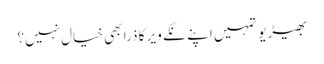
بھیڑیو تمہیں اپنے نکے ویر کا ذرا بھی خیال نہیں؟